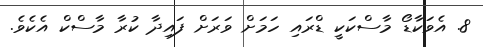
8. އެވަކާޑޯ މާސްކަކީ ޑްރައި ހަމަށް ވަރަށް ފައިދާ ކުރާ މާސްކް އެކެވެ.